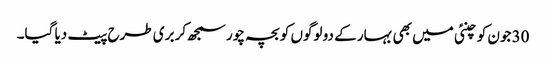
30 جون کو چنئی میں بھی بہار کے دو لوگوں کو بچہ چور سمجھ‌کر بری طرح پیٹ دیا گیا۔